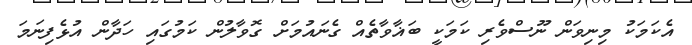
އެކަމަކު މިނިވަން ނޫސްވެރި ކަމަކީ ބަޣާވާތެއް ގެނައުމަށް ގޮވާލުން ކަމުގައި ހަދާން އުޅެފިނަމަ